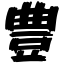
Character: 豊